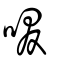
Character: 啜